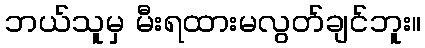
ဘယ်သူမှ မီးရထားမလွတ်ချင်ဘူး။